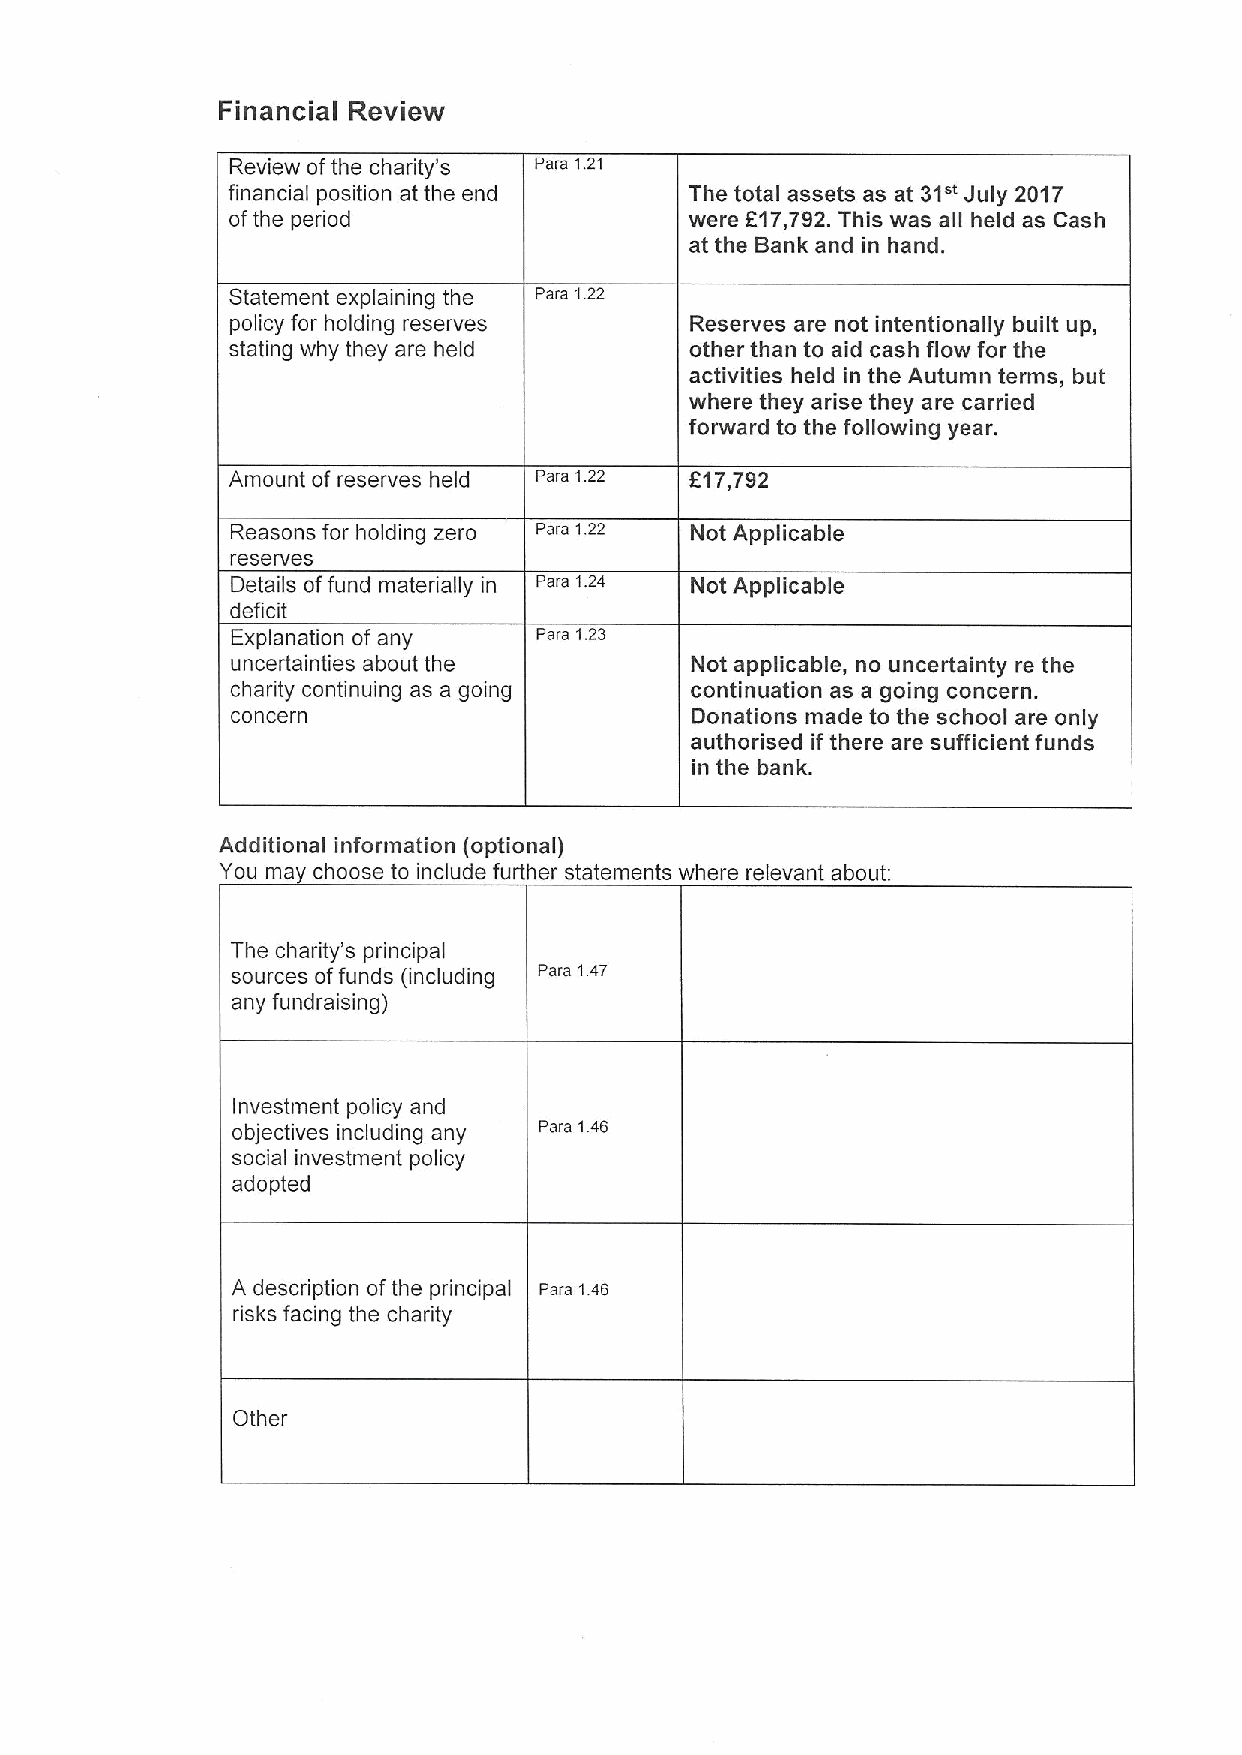
Financial Review
 Review ofthe charity's Para 1.21
 financial position at the end  The total assets as at 31" July 2017
 ofthe period                   were 617,792.This was all held as Cash
 at the Bank and in hand.
 Statement explaining the Para 1.22
 policy for holding reserves    Reserves are not intentionally built up,
 stating why they are held      other than to aid cash flow for the
 activities held in the Autumn terms, but
 where they arise they are carried
 forward to the following year.
 Amount of reserves held Para 1 22 F17,792
 Reasons for holding zero Para 1.22 Not Applicable
 reserves
 Details offund materially in Para 1.24 Not Applicable
 deficit
 Explanation of any   Para 1.23
 uncertainties about the        Not applicable, no uncertainty re the
 charity continuing as a going  continuation as a going concern.
 concern                        Donations made to the school are only
 authorised if there are sufficient funds
 in the bank.
 Additional information (optional)
 You ma choose to include further statements where relevant about:
 The charity's principal
 sources offunds (including Para 147
 any fundraising)
 Investment policy and
 objectives including any Para 1.46
 social investment policy
 adopted
 A description ofthe principal Para 1.46
 risks facing the charity
 Other